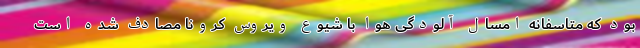
بود که متاسفانه امسال آلودگی هوا با شیوع ویروس کرونا مصادف شده است